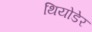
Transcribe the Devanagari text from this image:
थियोडेर